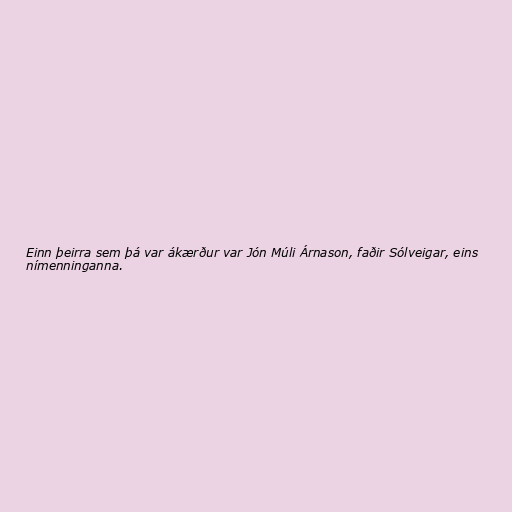
Einn þeirra sem þá var ákærður var Jón Múli Árnason, faðir Sólveigar, eins
nímenninganna.